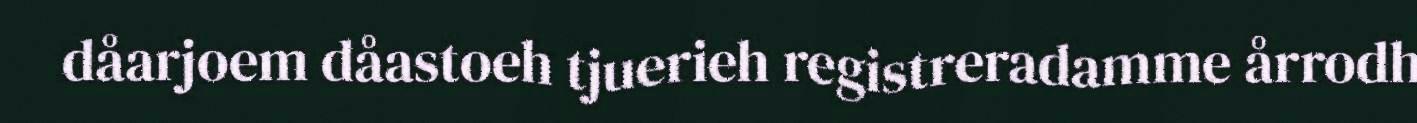
dåarjoem dåastoeh tjuerieh registreradamme årrodh